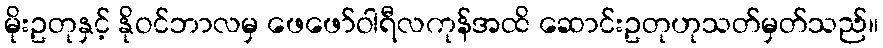
မိုးဥတုနှင့် နိုဝင်ဘာလမှ ဖေဖော်ဝါရီလကုန်အထိ ဆောင်းဥတုဟုသတ်မှတ်သည်။